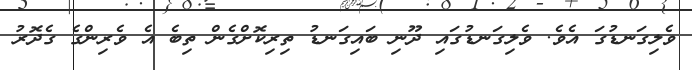
ވެލިގަނޑުގަ އެވެ. ވެލިގަނޑުގައި ދޫނި ބައިގަނޑު ތިރިކޮށްގެން ތިބެ އެ ވެރިންގެ ގެދޮރު